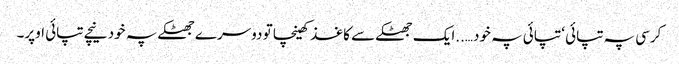
کرسی پہ تپائی ‘ تپائی پہ خود…..ایک جھٹکے سے کاغذ کھینچا تو دوسرے جھٹکے پہ خود نیچے تپائی اوپر۔